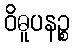
ဝိဓူပနဉ္စ